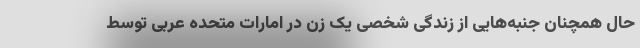
حال همچنان جنبه‌هایی از زندگی شخصی یک زن در امارات متحده عربی توسط